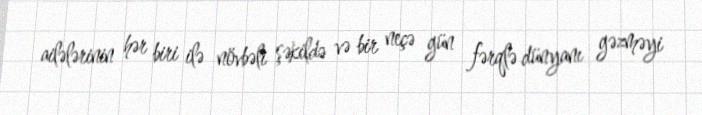
ailələrinin hər biri ilə növbəli şəkildə və bir neçə gün fərqlə dünyanı gəzməyi